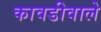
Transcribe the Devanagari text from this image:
कावडीवाले